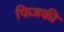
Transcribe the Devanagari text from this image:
फिजकी